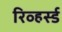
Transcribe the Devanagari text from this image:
रिव्हर्स्ड